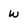
Character: w